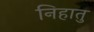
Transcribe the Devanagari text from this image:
निहातु